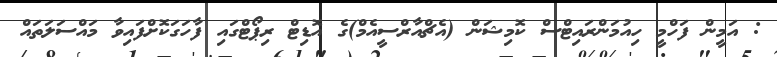
: އަމީން ފަހްމީ ހިއުމަންރައިޓްސް ކޮމިޝަން (އެޗްއާރްސީއެމް)ގެ އޮޑިޓް ރިޕޯޓްގައި ފާހަގަކޮށްފައިވާ މައްސަލަތައް